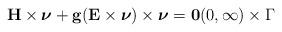
LaTeX: \begin{align*} \mathbf{H} \times \boldsymbol{\nu} + \mathbf{g}(\mathbf{E} \times \boldsymbol{\nu}) \times \boldsymbol{\nu} = \mathbf{0} (0, \infty) \times \Gamma \end{align*}